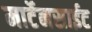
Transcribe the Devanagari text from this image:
मार्टेनसाईट